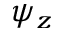
\psi _ { z }